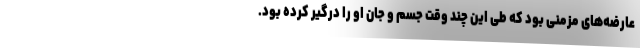
عارضه‌های مزمنی بود که طی این چند وقت جسم و جان او را درگیر کرده بود.